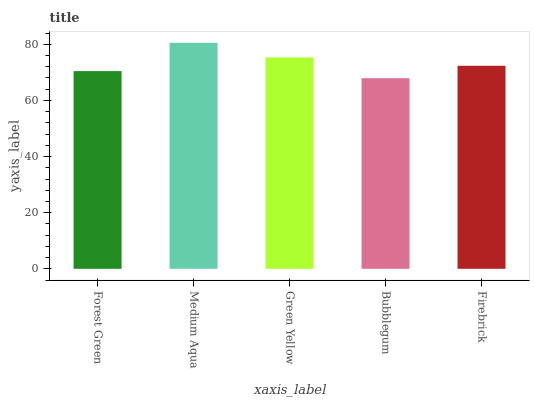
| xaxis_label | bars |
 | --- | --- |
 | Forest Green | 70.4 |
 | Medium Aqua | 80.5 |
 | Green Yellow | 75.3 |
 | Bubblegum | 67.9 |
 | Firebrick | 72.4 |